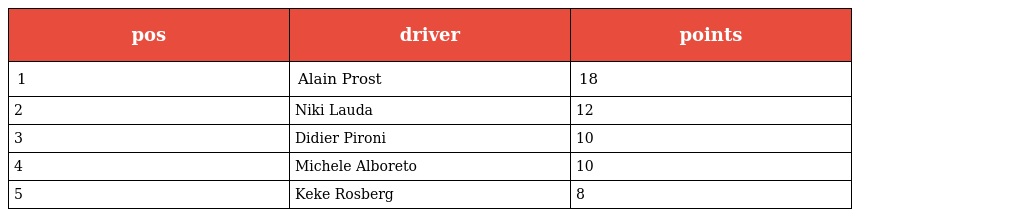
| pos | driver | points |
 | --- | --- | --- |
 | 1 | Alain Prost | 18 |
 | 2 | Niki Lauda | 12 |
 | 3 | Didier Pironi | 10 |
 | 4 | Michele Alboreto | 10 |
 | 5 | Keke Rosberg | 8 |